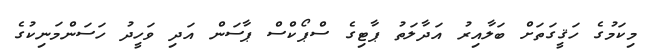
މިކަމުގެ ހަޤީގަތަށް ބަލާއިރު އަދާލަތު ޕާޓިގެ ސްޕޯކްސް ޕާސަން އަދި ވަހީދު ހަސަންމަނިކުގެ